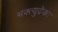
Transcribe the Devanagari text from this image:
भक्त्युद्रेकः